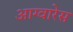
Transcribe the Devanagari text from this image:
आग्वारेस